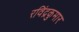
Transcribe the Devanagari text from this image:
रविंद्रकुमार